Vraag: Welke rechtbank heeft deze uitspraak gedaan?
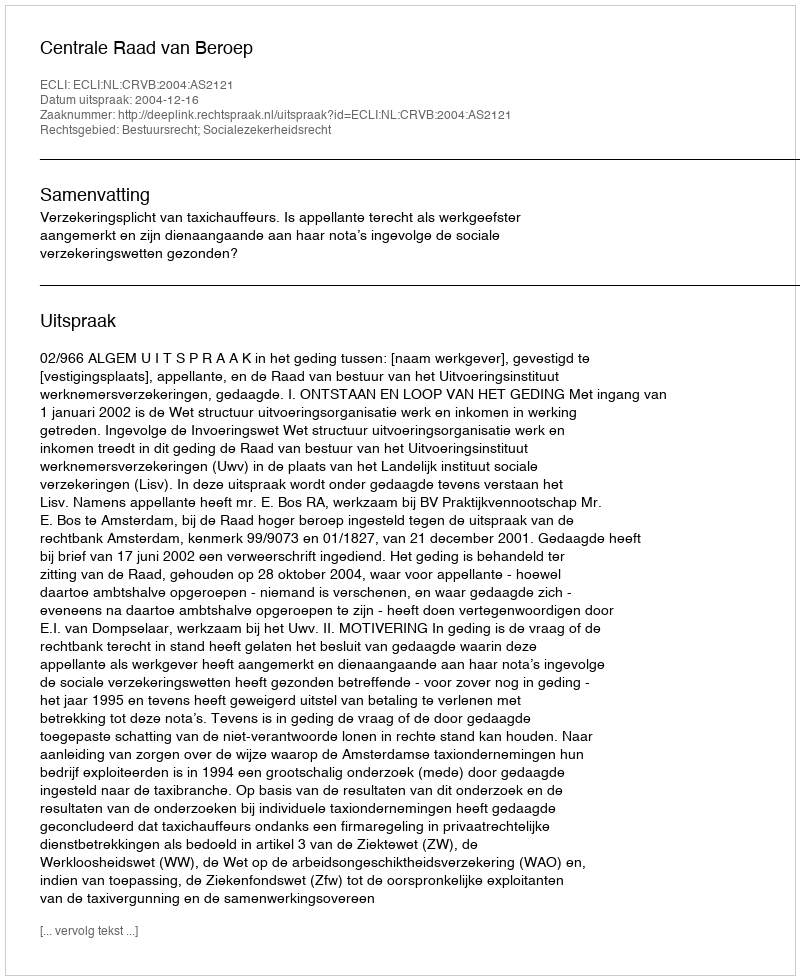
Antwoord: Centrale Raad van Beroep